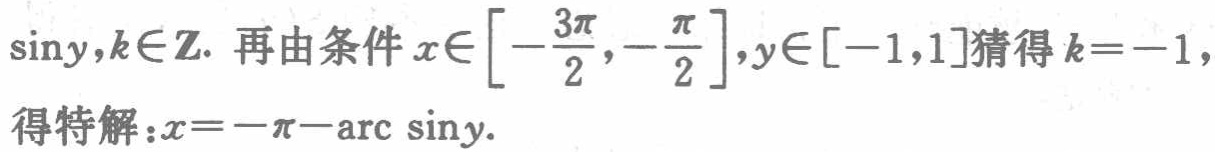
$\sin y,k\in\mathbf{Z}$. 再由条件$x\in\left[-\frac{3\pi}{2},-\frac{\pi}{2}\right],y\in[-1,1]$猜得$k = - 1$,得特解：$x=-\pi-\arcsin y$.